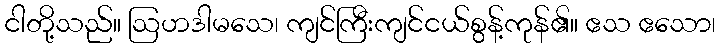
ငါတို့သည်။ ဩဟဒါမသေ၊ ကျင်ကြီးကျင်ငယ်စွန့်ကုန်၏။ ဧသ ဧသော၊